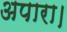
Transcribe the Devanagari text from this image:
अपारा।